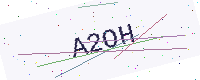
Text: A2OH